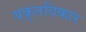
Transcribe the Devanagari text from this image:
यकृतविकार